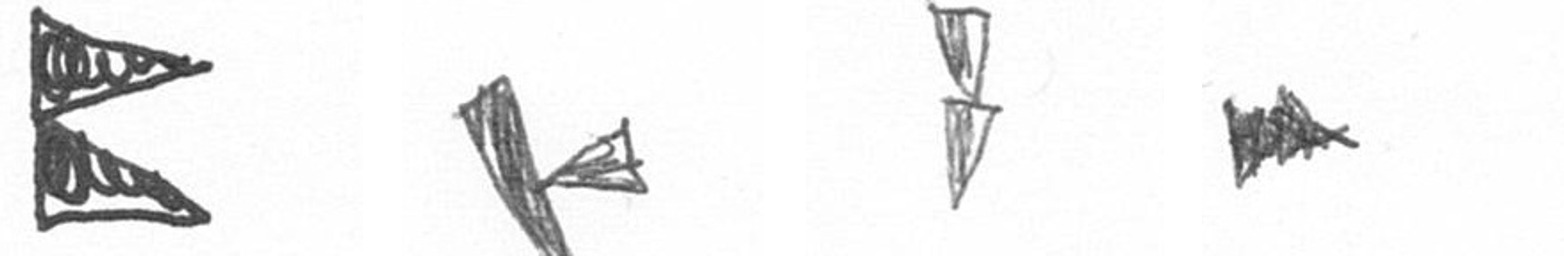
P F Z A